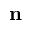
\mathbf { n }